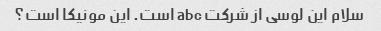
سلام این لوسی از شرکت abc است. این مونیکا است؟